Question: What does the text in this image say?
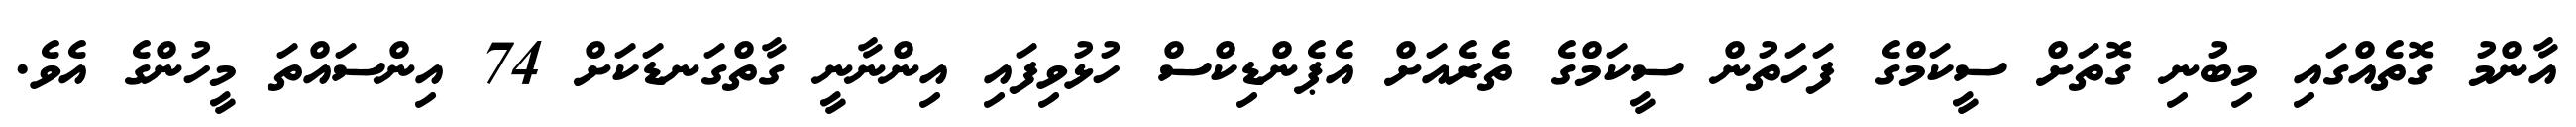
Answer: އާންމު ގޮތެއްގައި މިބުނި ގޮތަށް ސީކަމްގެ ފަހަތުން ސީކަމްގެ ތެރެއަށް އެޕެންޑިކްސް ހުޅުވިފައި އިންނާނީ ގާތްގަނޑަކަށް 74 އިންސައްތަ މީހުންގެ އެވެ.